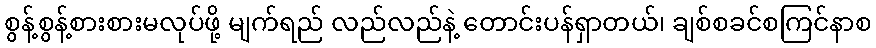
စွန့်စွန့်စားစားမလုပ်ဖို့ မျက်ရည် လည်လည်နဲ့ တောင်းပန်ရှာတယ်၊ ချစ်စခင်စကြင်နာစ